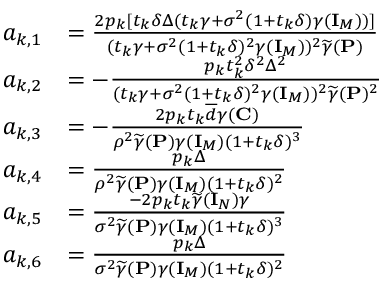
\begin{array} { r l } { a _ { k , 1 } } & { = \frac { 2 p _ { k } [ t _ { k } \delta \Delta ( t _ { k } \gamma + \sigma ^ { 2 } ( 1 + t _ { k } \delta ) \gamma ( { \mathbf { I } } _ { M } ) ) ] } { ( t _ { k } \gamma + \sigma ^ { 2 } ( 1 + t _ { k } \delta ) ^ { 2 } \gamma ( { \mathbf { I } } _ { M } ) ) ^ { 2 } \widetilde { \gamma } ( { \mathbf { P } } ) } } \\ { a _ { k , 2 } } & { = - \frac { p _ { k } t _ { k } ^ { 2 } \delta ^ { 2 } \Delta ^ { 2 } } { ( t _ { k } \gamma + \sigma ^ { 2 } ( 1 + t _ { k } \delta ) ^ { 2 } \gamma ( { \mathbf { I } } _ { M } ) ) ^ { 2 } \widetilde { \gamma } ( { \mathbf { P } } ) ^ { 2 } } } \\ { a _ { k , 3 } } & { = - \frac { 2 p _ { k } t _ { k } \overline { { d } } \gamma ( { \mathbf { C } } ) } { \rho ^ { 2 } \widetilde { \gamma } ( { \mathbf { P } } ) \gamma ( { \mathbf { I } } _ { M } ) ( 1 + t _ { k } \delta ) ^ { 3 } } } \\ { a _ { k , 4 } } & { = \frac { p _ { k } \Delta } { \rho ^ { 2 } \widetilde { \gamma } ( { \mathbf { P } } ) \gamma ( { \mathbf { I } } _ { M } ) ( 1 + t _ { k } \delta ) ^ { 2 } } } \\ { a _ { k , 5 } } & { = \frac { - 2 p _ { k } t _ { k } \widetilde { \gamma } ( { \mathbf { I } } _ { N } ) \gamma } { \sigma ^ { 2 } \widetilde { \gamma } ( { \mathbf { P } } ) \gamma ( { \mathbf { I } } _ { M } ) ( 1 + t _ { k } \delta ) ^ { 3 } } } \\ { a _ { k , 6 } } & { = \frac { p _ { k } \Delta } { \sigma ^ { 2 } \widetilde { \gamma } ( { \mathbf { P } } ) \gamma ( { \mathbf { I } } _ { M } ) ( 1 + t _ { k } \delta ) ^ { 2 } } } \end{array}